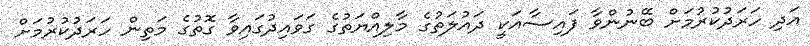
އަދި ހަރަދުކުރުމަށް ބޭނުންވާ ފައިސާއަކީ ދައުލަތުގެ މާލިއްޔަތުގެ ގަވައިދުގައިވާ ގޮތުގެ މަތިން ހަރަދުކުރުމަށް